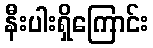
နီးပါးရှိကြောင်း